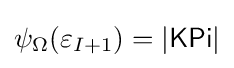
\psi _{\Omega }(\varepsilon _{I+1})=|{\mathsf {KPi}}|